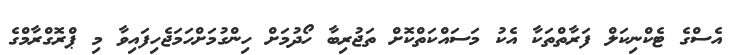
އެސްގެ ޓެކްނިކަލް ފަރާތްތަކާ އެކު މަސައްކަތްކޮށް ތަޖުރިބާ ހޯދުމަށް ހިންގުމަށްހަމަޖެހިފައިވާ މި ޕްރޮގްރާމްގެ